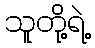
သူတို့ရဲ့